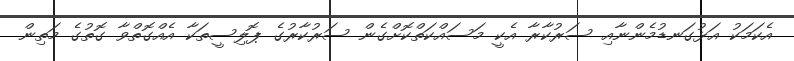
އެކަމަކު އަޅުގަނޑުމެންނާއި ސަރުކާރާ އެކީ މަސައްކަތްކޮށްގެން ސަރުކާރުގެ ޕޮލިސީތަކާ އެއްގޮތްވާ ގޮތުގެ މަތިން